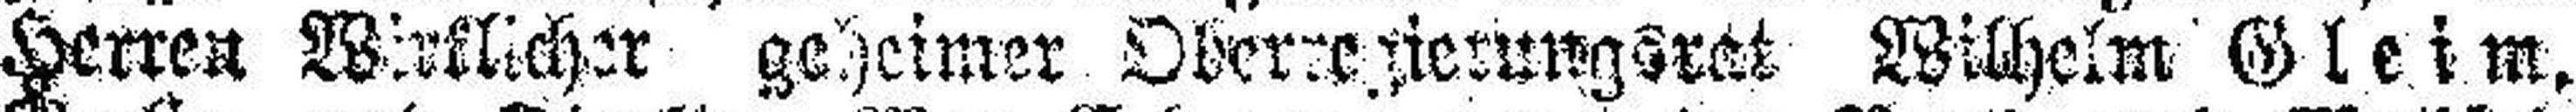
Herren Wirklicher geheimer Oberrezierungsrat Wilhelm Gleim,